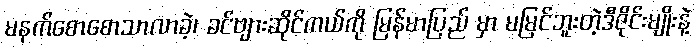
မနက်စောစောသာလာခဲ့၊ ခင်ဗျားဆိုင်ကယ်ကို မြန်မာပြည် မှာ မမြင်ဘူးတဲ့ဒီဇိုင်းမျိုးနဲ့